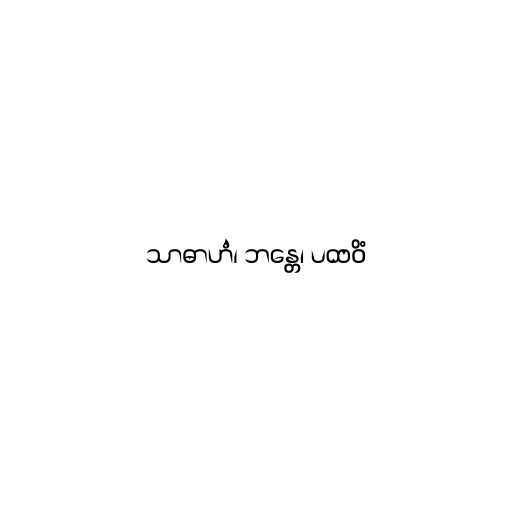
သာဓာဟံ၊ ဘန္တေ၊ ပထဝိံ